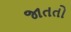
જાતતો